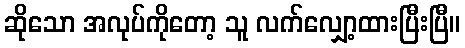
ဆိုသော အလုပ်ကိုတော့ သူ လက်လျှော့ထားပြီးပြီ။